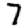
Digit: 7